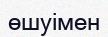
өшуімен